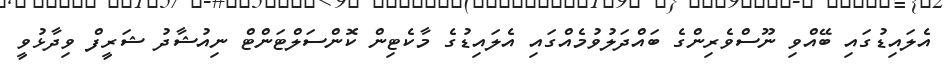
އެލައިޑުގައި ބޭއްވި ނޫސްވެރިންގެ ބައްދަލުވުމެއްގައި އެލައިޑުގެ މާކެޓިން ކޮންސަލްޓަންޓް ނިއުޝާދު ޝަރީފް ވިދާޅުވީ